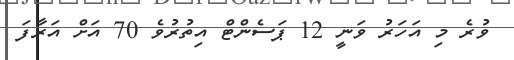
ވުރެ މި އަހަރު ވަނީ 12 ޕަސެންޓް އިތުރުވެ 70 އަށް އަރާފަ